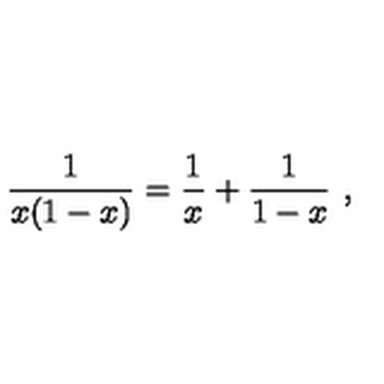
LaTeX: { \frac { 1 } { x ( 1 - x ) } } = { \frac { 1 } { x } } + { \frac { 1 } { 1 - x } } \ ,